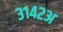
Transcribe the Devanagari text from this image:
३१४२अ